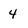
Character: 4